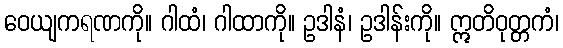
ဝေယျကရဏကို။ ဂါထံ၊ ဂါထာကို။ ဥဒါနံ၊ ဥဒါန်းကို။ ဣတိဝုတ္တကံ၊